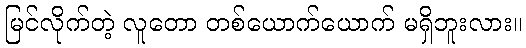
မြင်လိုက်တဲ့ လူတော တစ်ယောက်ယောက် မရှိဘူးလား။